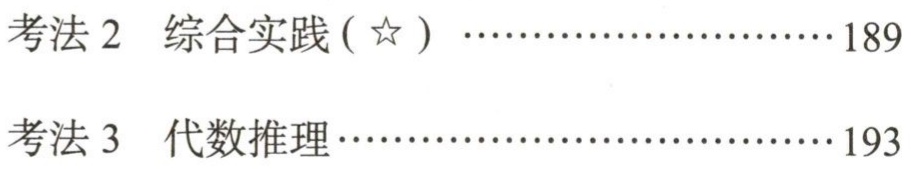
考法 2  综合实践 ($\star$)  \hfill 189\\

考法 3  代数推理 \hfill 193